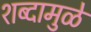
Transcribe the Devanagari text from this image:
शब्दामुळे